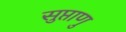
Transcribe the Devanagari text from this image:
सुप्ताणु